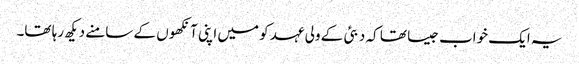
یہ ایک خواب جیسا تھا کہ دبئی کے ولی عہد کو میں اپنی آنکھوں کے سامنے دیکھ رہا تھا۔